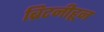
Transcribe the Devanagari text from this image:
ब्रिटनीहून